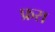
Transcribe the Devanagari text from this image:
फ्ररा